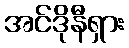
အင်ဒိုနီရှား